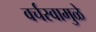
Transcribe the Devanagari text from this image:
वर्चस्वामुळे